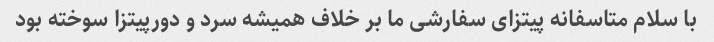
با سلام متاسفانه پیتزای سفارشی ما بر خلاف همیشه سرد و دورپیتزا سوخته بود